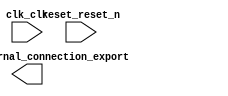

module lab4 (
	clk_clk,
	led_pio_external_connection_export,
	reset_reset_n);	

	input		clk_clk;
	output	[7:0]	led_pio_external_connection_export;
	input		reset_reset_n;
endmodule